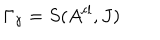
\Gamma _ { \gamma } = S ( A ^ { \mathrm { c l } } , J ) \;